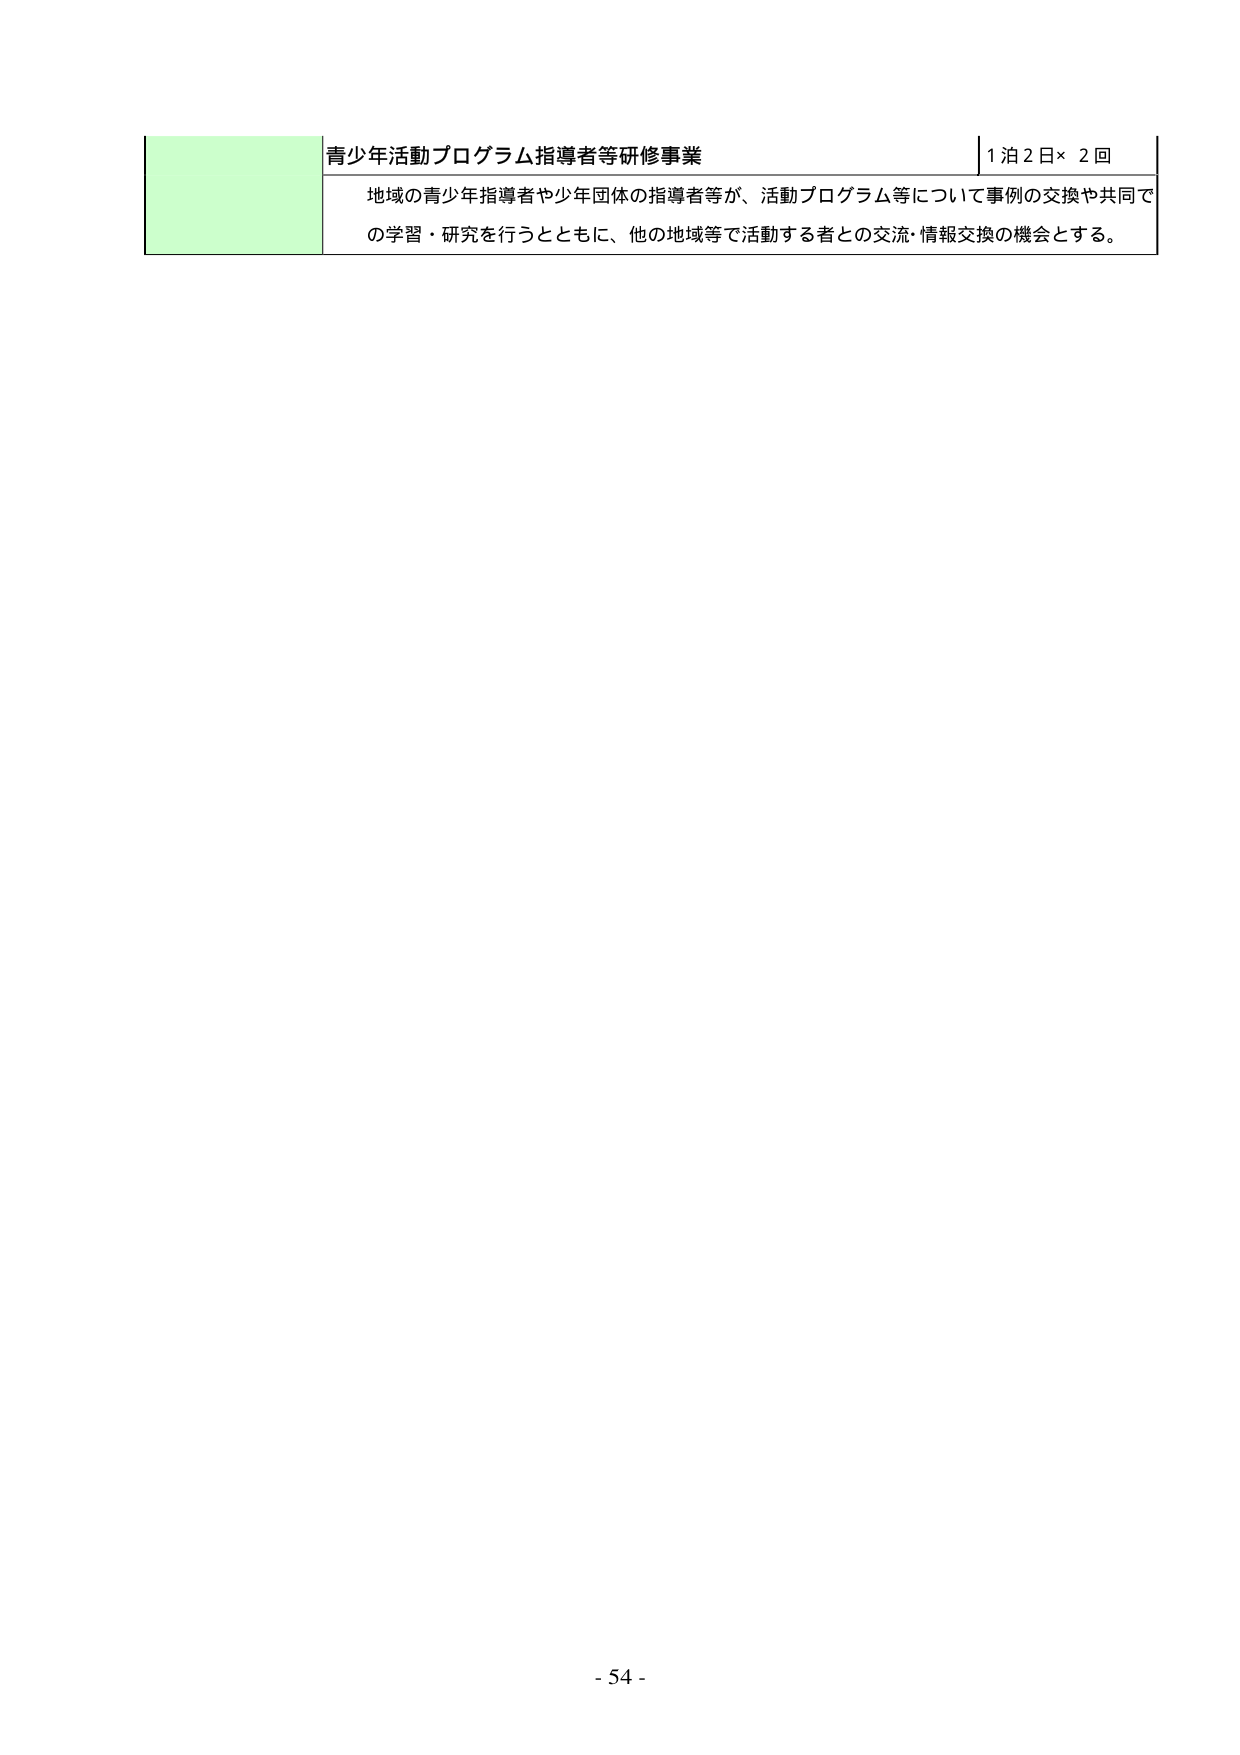
青少年活動プログラム指導者等研修事業
1泊2日×2回
地域の青少年指導者や少年団体の指導者等が、活動プログラム等について事例の交換や共同で
の学習・研究を行うとともに、他の地域等で活動する者との交流・情報交換の機会とする。
- 54 -